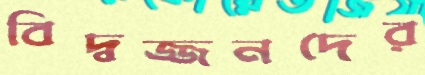
বিদ্বজ্জনদের